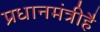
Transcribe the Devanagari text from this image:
प्रधानमंत्रीहै